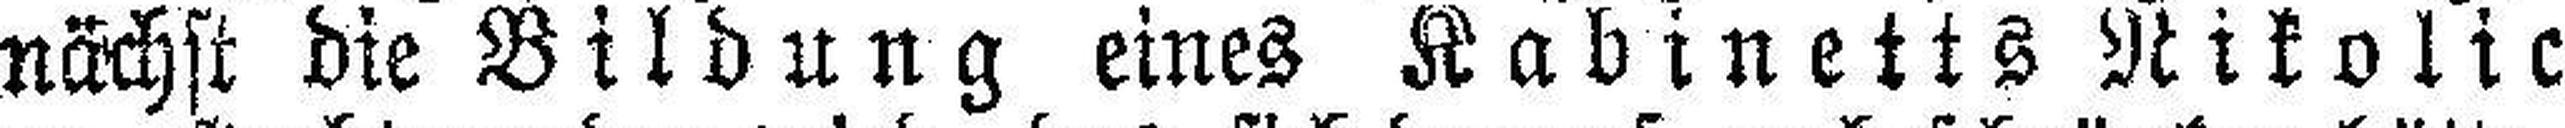
nächst die Bildung eines Kabinetts Nikolic